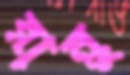
রান্নু